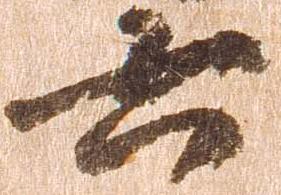
六